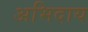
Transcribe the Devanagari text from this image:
अभिदाय